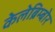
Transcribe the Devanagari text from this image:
केलेब्रिम्बोर